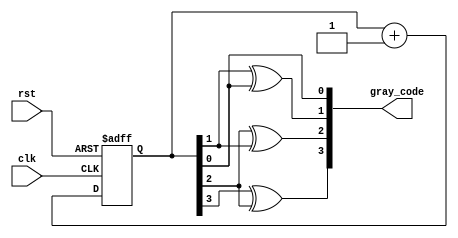
module gray_counter (
    input wire clk,
    input wire rst,
    output reg [3:0] gray_code
);

reg [3:0] count;

always @(posedge clk or posedge rst) begin
    if (rst) begin
        count <= 4'b0000;
    end else begin
        count <= count + 1;
    end
end

assign gray_code = {count[3]^count[2], count[2]^count[1], count[1]^count[0], count[0]};

endmodule